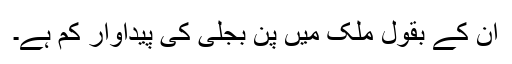
ان کے بقول ملک میں پن بجلی کی پیداوار کم ہے۔